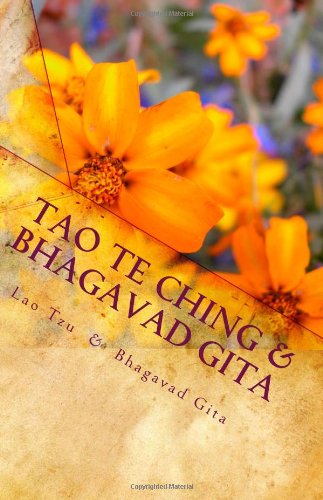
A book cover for Tao Te Ching & Bhagavad Gita; Lao Tzu; Religion & Spirituality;